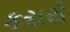
કરારો